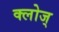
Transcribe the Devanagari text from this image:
क्लोज्